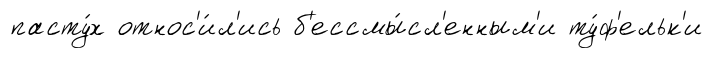
пасту́х относ'и́л'ись б'ессмы́сл'енным'и ту́ф'ельк'и